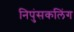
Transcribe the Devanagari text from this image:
निपुंसकलिंग